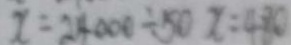
x = 2 4 0 0 0 \div 5 0 x = 4 8 0